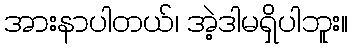
အားနာပါတယ်၊ အဲ့ဒါမရှိပါဘူး။